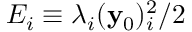
E _ { i } \equiv \lambda _ { i } ( \mathbf { y } _ { 0 } ) _ { i } ^ { 2 } / 2